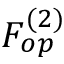
F _ { o p } ^ { ( 2 ) }